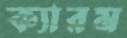
ক্যারম